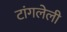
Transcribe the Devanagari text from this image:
टांगलेली